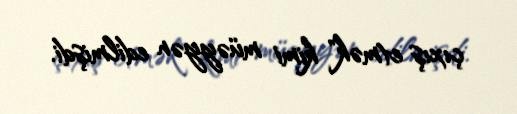
çıxış etmək" kimi müəyyən edilmişdi.